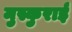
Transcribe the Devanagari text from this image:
मुस्कुराई